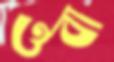
ওবা